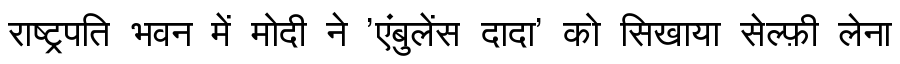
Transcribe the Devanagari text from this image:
राष्ट्रपति भवन में मोदी ने 'एंबुलेंस दादा' को सिखाया सेल्फ़ी लेना